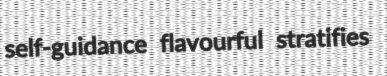
self-guidance flavourful stratifies